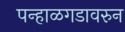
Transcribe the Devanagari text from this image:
पन्हाळगडावरुन